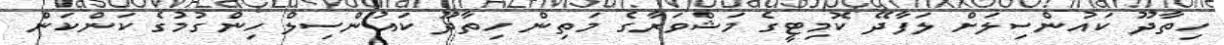
ހިތާދޫ ކައުންސިލަށް ލަފާދޭ ކޮމިޓީގެ މަޝްވަރާގެ މަތިން ހިތާދޫ ކައުންސިލް ހިންގުމުގެ ކަންކަން